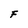
Character: F